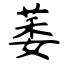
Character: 萎